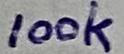
Text: 100k